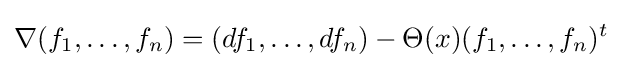
\nabla (f_{1},\dots ,f_{n})=(df_{1},\dots ,df_{n})-\Theta (x)(f_{1},\dots ,f_{n})^{t}